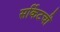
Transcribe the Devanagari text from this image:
सर्किटची